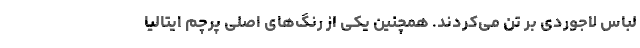
لباس لاجوردی بر تن می‌کردند. همچنین یکی از رنگ‌های اصلی پرچم ایتالیا